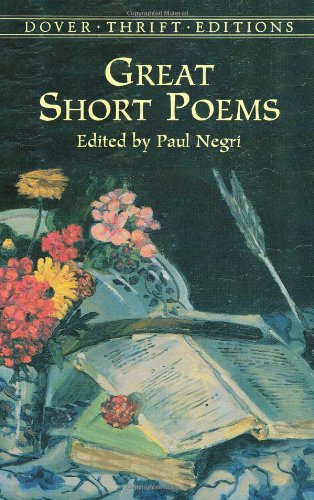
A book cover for Great Short Poems (Dover Thrift Editions); Literature & Fiction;